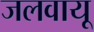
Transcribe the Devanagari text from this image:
जलवायू